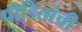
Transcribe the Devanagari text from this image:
पीडितांची